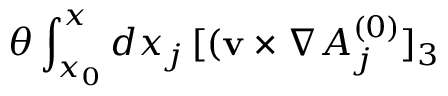
\theta \int _ { x _ { 0 } } ^ { x } d x _ { j } \, [ ( { \bf v } \times \nabla A _ { j } ^ { ( 0 ) } ] _ { 3 }